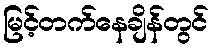
မြင့်တက်နေချိန်တွင်